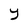
Character: y